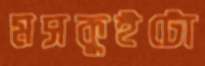
মসকুইটো